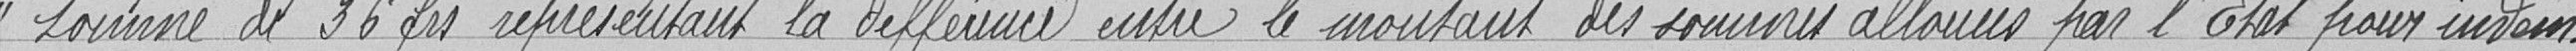
" somme de 36 frs représentant la différence entre le montant des sommes allouées par l'Etat pour indem-